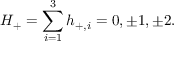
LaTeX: H _ { + } = \sum _ { i = 1 } ^ { 3 } h _ { + , i } = 0 , \pm 1 , \pm 2 .